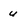
Character: u